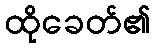
ထိုခေတ်၏